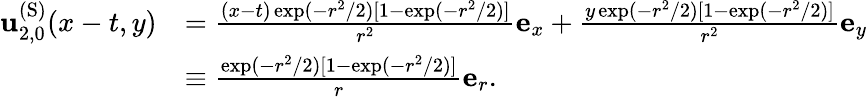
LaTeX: \begin{array}{rl}{\mathbf{u}_{2,0}^{\mathrm{(S)}}(x-t,y)}&{=\frac{(x-t)\exp(-r^{2}/2)[1-\exp(-r^{2}/2)]}{r^{2}}\mathbf{e}_{x}+\frac{y\exp(-r^{2}/2)[1-\exp(-r^{2}/2)]}{r^{2}}\mathbf{e}_{y}}\\ &{\equiv\frac{\exp(-r^{2}/2)[1-\exp(-r^{2}/2)]}{r}\mathbf{e}_{r}.}\end{array}